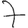
Digit: 7